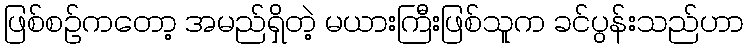
ဖြစ်စဉ်ကတော့ အမည်ရှိတဲ့ မယားကြီးဖြစ်သူက ခင်ပွန်းသည်ဟာ